Vaccination North-Western Provinces and Oudh 1896-1901 - 1896-1901
Year: 1896
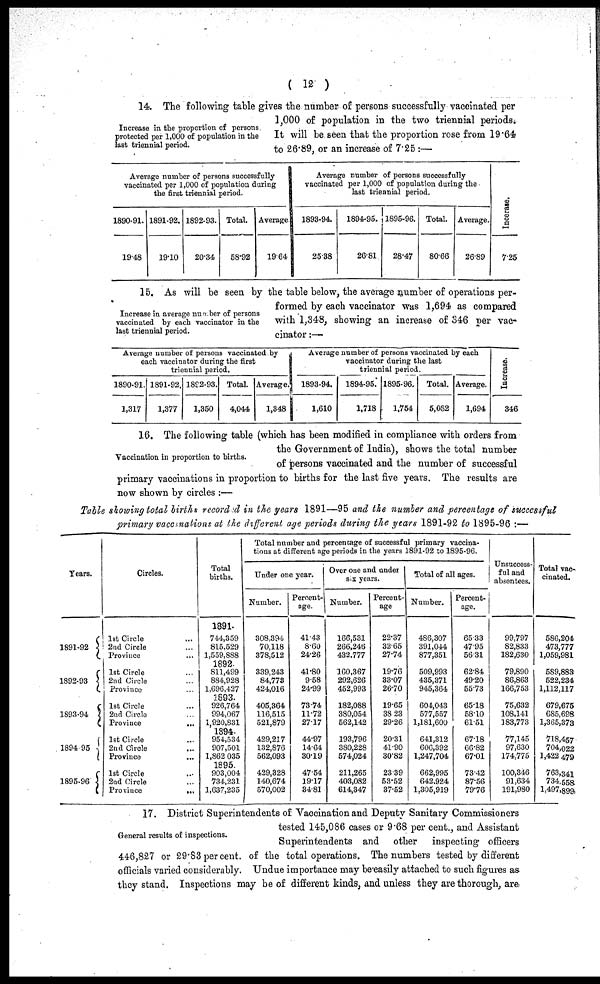
( 12 )
Increase in the proportion of persons
protected per 1,000 of population in the
last triennial period.
14. The following table gives the number of persons successfully vaccinated per
1,000 of population in the two triennial periods.
It will be seen that the proportion rose from 19.64
to 26.89, or an increase of 7.25 :—
Average number of persons successfully
vaccinated per 1,000 of population during
the first triennial period.
1890-91.
19.48
1891-92.
19.10
1892-93.
20.34
Total.
58.92
Average.
19.64
Average number of persons successfully
vaccinated per 1,000 of population during the
last triennial period.
1893-94.
25.38
1894-95.
26.81
1895-96.
28.47
Total.
80.66
Average.
26.89
Incerase.
7.25
Increase in average number of persons
vaccinated by each vaccinator in the
last triennial period.
15. As will be seen by the table below, the average number of operations per-
formed by each vaccinator was 1,694 as compared
with 1,348, showing an increase of 346 per vac-
cinator :—
Average number of persons vaccinated by
each vaccinator during the first
triennial period.
1890-91.
1,317
1891-92.
1,377
1892-93.
1,350
Total.
4,044
Average.
1,348
Average number of persons vaccinated by each
vaccinator during the last
triennial period.
1893-94.
1,610
1894-95.
1,718
1895-96.
1,754
Total.
5,082
Average.
1,694
Increase.
346
Vaccination in proportion to births.
16. The following table (which has been modified in compliance with orders from
the Government of India), shows the total number
of persons vaccinated and the number of successful
primary vaccinations in proportion to births for the last five years. The results are
now shown by circles :—
Table showing total births recorded in the years 1891—95 and the number and percentage of successful
primary vaccinations at the different age periods during the years 1891-92 to 1895-96 :—
Years.
91-92
92-93
93-94
94-95
95-96
Circles.
1st Circle ...
2nd Circle ...
Province ...
1st Circle ...
2nd Circle ...
Province ...
1st Circle ...
2ud Circle ...
Province
...
1st Circle ...
2nd Circle ...
Province
...
1st Circle ...
2nd Circle ...
Province
...
Total
births.
1891.
744,359
815,529
1,559,888
1892.
811,499
884,928
1,696,427
1893.
926,764
994,067
1,920,831
1894.
954,534
907,501
1,862,035
1895.
903,004
734,231
1,637,235
Total number and percentage of successful primary vaccina-
tions at different age periods in the years 1891-92 to 1895-96.
Under one year.
Number.
308,394
70,118
378,512
339,243
84,773
424,016
405,364
116,515
521,879
429,217
132,876
562,093
429,328
140,674
570,002
Percent-
age.
41.43
8.60
24.26
41.80
9.58
24.99
73.74
11.72
27.17
44.97
14.64
30.19
47.54
19.17
34.81
Over one and under
six years.
Number.
166,531
266,246
432,777
160,367
292,626
452,993
182,088
380,054
562,142
193,796
380,228
574,024
211,265
403,082
614,347
Percent-
age
22.37
32.65
27.74
19.76
33.07
26.70
19.65
38.23
29.26
20.31
41.90
30.82
23.39
53.52
37.52
Total of all ages.
Number.
486,307
391,044
877,351
509,993
435,371
945,364
604,043
577,557
1,181,600
641,312
606,392
1,247,704
662,995
642,924
1,305,919
Percent-
age.
65.33
47.95
56.31
62.84
49.20
55.73
65.18
58.10
61.51
67.18
66.82
67.01
73.42
87.56
79.76
Unsuccess-
ful and
absentees.
99,797
82,833
182,630
79,890
86,863
166,753
75,632
108,141
183,773
77,145
97,630
174,775
100,346
91,634
191,980
Total vac-
cinated.
586,204
473,777
1,059,981
589,883
522,234
1,112,117
679,675
685,698
1,365,373
718,457
704,022
1,422,479
763,341
734,558
1,497,899
General results of inspections.
17. District Superintendents of Vaccination and Deputy Sanitary Commissioners
tested 145,086 cases or 9.68 per cent., and Assistant
Superintendents and other
inspecting officers
446,827 or 29.83 per cent. of the total operations. The numbers tested by different
officials varied considerably. Undue importance may be-easily attached to such figures as
they stand. Inspections may be of different kinds, and unless they are thorough, are